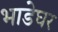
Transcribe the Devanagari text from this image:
भाडेघर